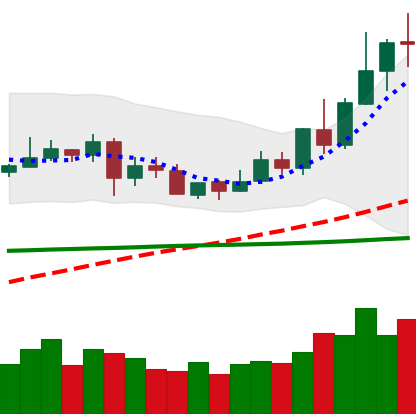
Ticker: XLM-USD
Chart end date: 2020-06-04
Forward return: -4.729%
Label: down_3_5